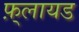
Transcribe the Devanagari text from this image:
फ़्लायड